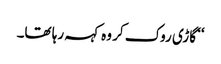
‘‘ گاڑی روک کر وہ کہہ رہا تھا۔